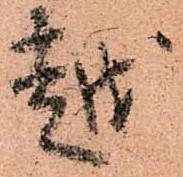
越